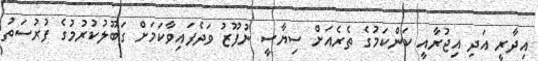
އިދާރީ އަދި އިޖުރާއީ ކަންކަމުގެ ތެރެއަށް ސިޔާސީ ނުފޫޒު ވަދެފައިވާކަމަށް ގަބޫލުކުރުމުގެ ފުރުސަތު